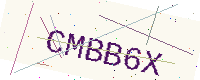
Text: CMBB6X